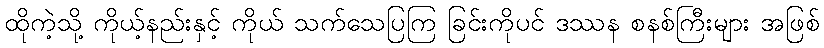
ထိုကဲ့သို့ ကိုယ့်နည်းနှင့် ကိုယ် သက်သေပြကြ ခြင်းကိုပင် ဒဿန စနစ်ကြီးများ အဖြစ်